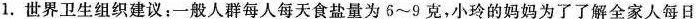
1.世界卫生组织建议：一般人群每人每天食盐量为6~9克，小玲的妈妈为了了解全家人每日